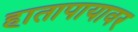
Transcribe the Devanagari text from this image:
हातापायावर